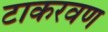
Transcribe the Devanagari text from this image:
टाकरवण